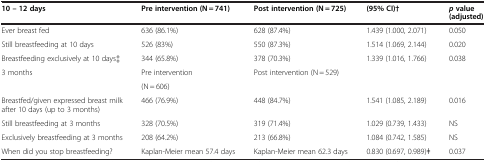
<table><thead><tr><td><b>10 – 12 days</b></td><td><b>Pre intervention (N = 741)</b></td><td><b>Post intervention (N = 725)</b></td><td><b>(95% CI)†</b></td><td><b><i>p</i>value (adjusted)</b></td></tr></thead><tbody><tr><td>Ever breast fed</td><td>636 (86.1%)</td><td>628 (87.4%)</td><td>1.439 (1.000, 2.071)</td><td>0.050</td></tr><tr><td>Still breastfeeding at 10 days</td><td>526 (83%)</td><td>550 (87.3%)</td><td>1.514 (1.069, 2.144)</td><td>0.020</td></tr><tr><td>Breastfeeding exclusively at 10 days‡</td><td>344 (65.8%)</td><td>378 (70.3%)</td><td>1.339 (1.016, 1.766)</td><td>0.038</td></tr><tr><td rowspan="2">3 months</td><td>Pre intervention</td><td rowspan="2" colspan="3">Post intervention (N = 529)</td></tr><tr><td>(N = 606)</td></tr><tr><td>Breastfed/given expressed breast milk after 10 days (up to 3 months)</td><td>466 (76.9%)</td><td>448 (84.7%)</td><td>1.541 (1.085, 2.189)</td><td>0.016</td></tr><tr><td>Still breastfeeding at 3 months</td><td>328 (70.5%)</td><td>319 (71.4%)</td><td>1.029 (0.739, 1.433)</td><td>NS</td></tr><tr><td>Exclusively breastfeeding at 3 months</td><td>208 (64.2%)</td><td>213 (66.8%)</td><td>1.084 (0.742, 1.585)</td><td>NS</td></tr><tr><td>When did you stop breastfeeding?</td><td>Kaplan-Meier mean 57.4 days</td><td>Kaplan-Meier mean 62.3 days</td><td>0.830 (0.697, 0.989)ǂ</td><td>0.037</td></tr></tbody></table>